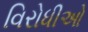
વિરોધીઓ